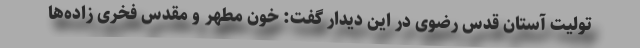
تولیت آستان قدس رضوی در این دیدار گفت: خون مطهر و مقدس فخری زاده‌ها